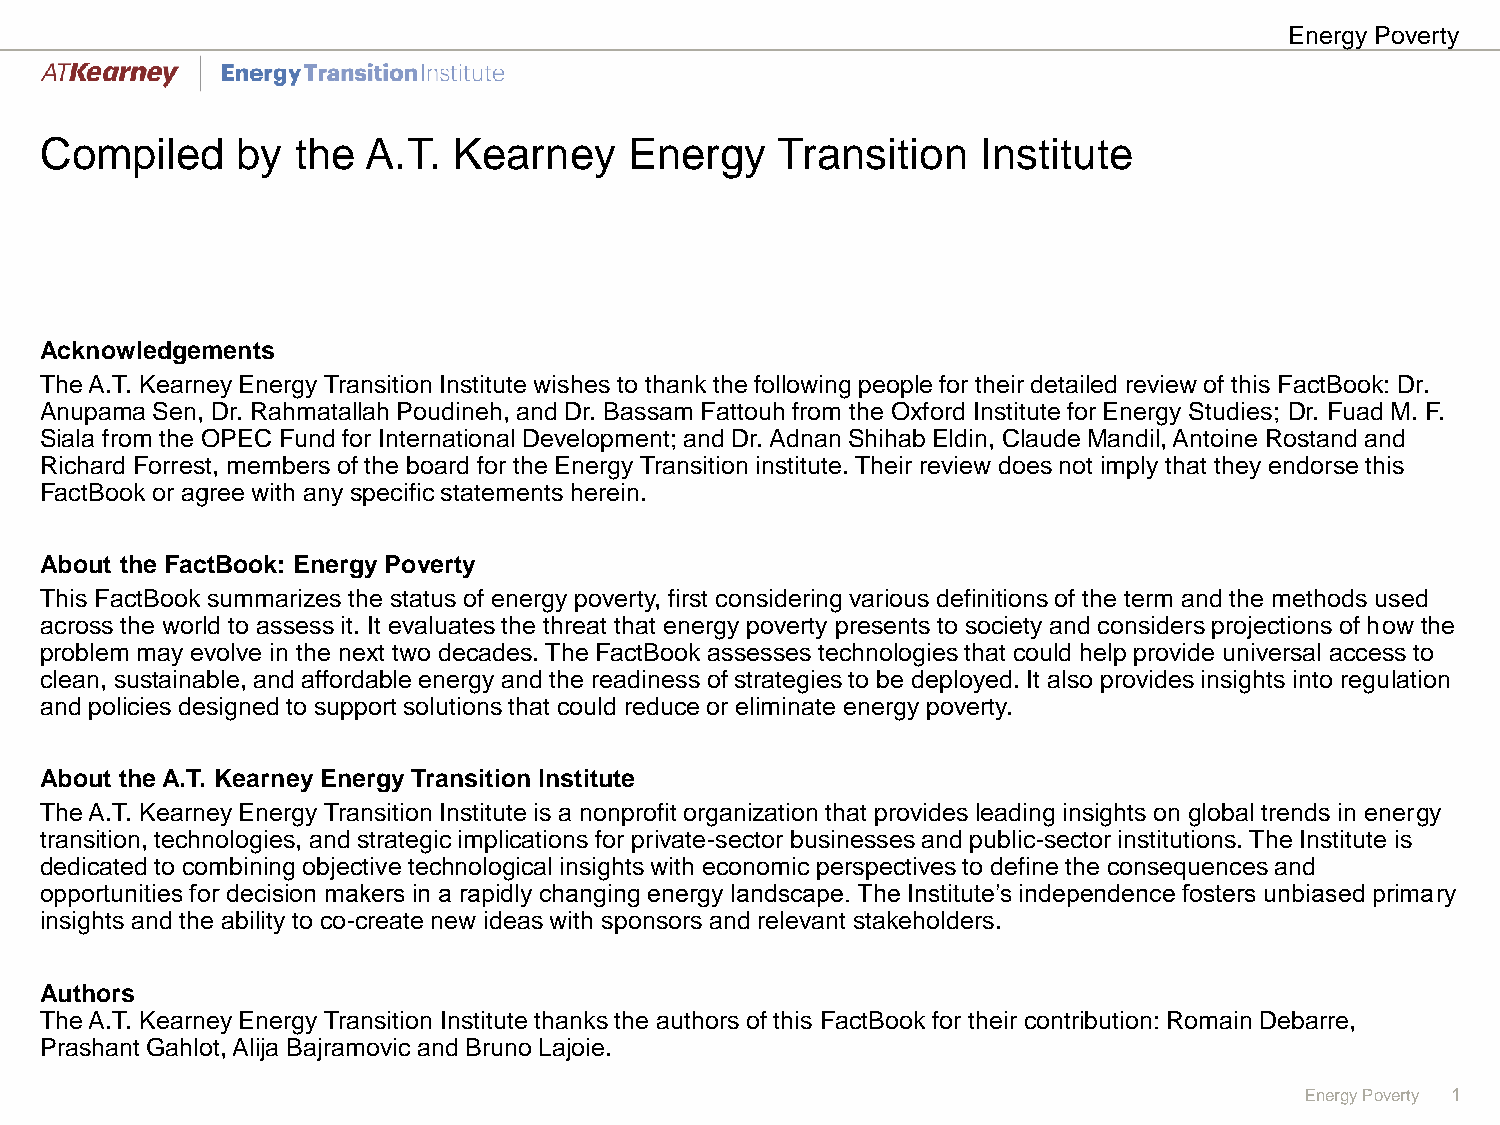
Energy Poverty
 Compiled     by  the A.T.  Kearney     Energy   Transition    Institute
 Acknowledgements
 The A.T. Kearney Energy Transition Institute wishes to thank the following people for their detailed review of this FactBook: Dr.
 Anupama Sen, Dr. Rahmatallah Poudineh, and Dr. Bassam Fattouh from the Oxford Institute for Energy Studies; Dr. Fuad M. F.
 Siala from the OPEC Fund for International Development; and Dr. Adnan Shihab Eldin, Claude Mandil, Antoine Rostand and
 Richard Forrest, members of the board for the Energy Transition institute. Their review does not imply that they endorse this
 FactBook or agree with any specific statements herein.
 About the FactBook: Energy Poverty
 This FactBook summarizes the status of energy poverty, first considering various definitions of the term and the methods used
 across the world to assess it. It evaluates the threat that energy poverty presents to society and considers projections of how the
 problem may evolve in the next two decades. The FactBook assesses technologies that could help provide universal access to
 clean, sustainable, and affordable energy and the readiness of strategies to be deployed. It also provides insights into regulation
 and policies designed to support solutions that could reduce or eliminate energy poverty.
 About the A.T. Kearney Energy Transition Institute
 The A.T. Kearney Energy Transition Institute is a nonprofit organization that provides leading insights on global trends in energy
 transition, technologies, and strategic implications for private-sector businesses and public-sector institutions. The Institute is
 dedicated to combining objective technological insights with economic perspectives to define the consequences and
 opportunities for decision makers in a rapidly changing energy landscape. The Institute’s independence fosters unbiased primary
 insights and the ability to co-create new ideas with sponsors and relevant stakeholders.
 Authors
 The A.T. Kearney Energy Transition Institute thanks the authors of this FactBook for their contribution: Romain Debarre,
 Prashant Gahlot, Alija Bajramovic and Bruno Lajoie.
 Energy Poverty 1